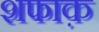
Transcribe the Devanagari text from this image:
शफाक़